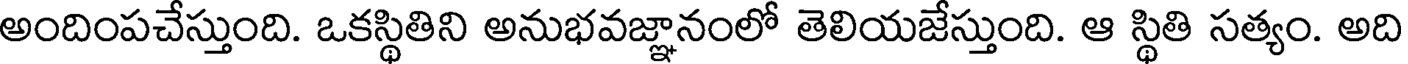
అందింపచేస్తుంది. ఒకస్థితిని అనుభవజ్ఞానంలో తెలియజేస్తుంది. ఆ స్థితి సత్యం. అది